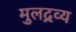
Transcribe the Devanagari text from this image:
मुलद्रव्य